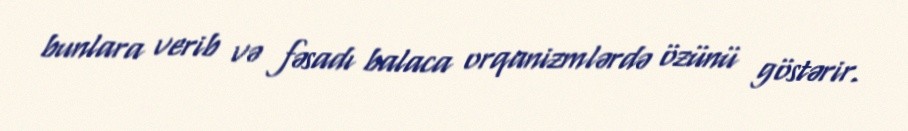
bunlara verib və fəsadı balaca orqanizmlərdə özünü göstərir.